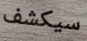
سيكشف